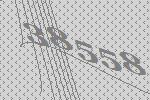
38558